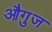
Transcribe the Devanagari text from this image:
औगुज